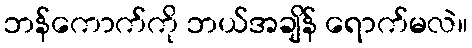
ဘန်ကောက်ကို ဘယ်အချိန် ရောက်မလဲ။